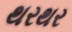
થરથર